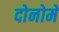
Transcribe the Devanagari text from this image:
दोनोमे